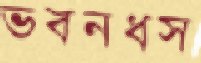
ভবনধস